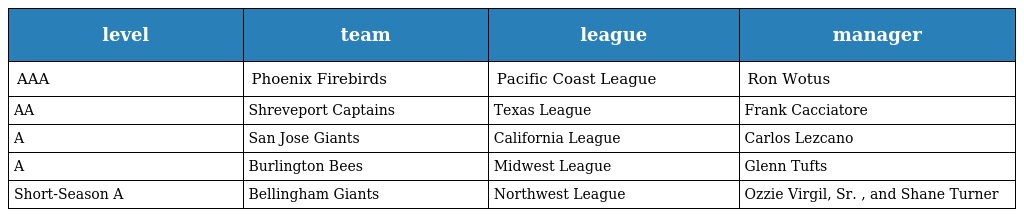
| level | team | league | manager |
 | --- | --- | --- | --- |
 | AAA | Phoenix Firebirds | Pacific Coast League | Ron Wotus |
 | AA | Shreveport Captains | Texas League | Frank Cacciatore |
 | A | San Jose Giants | California League | Carlos Lezcano |
 | A | Burlington Bees | Midwest League | Glenn Tufts |
 | Short-Season A | Bellingham Giants | Northwest League | Ozzie Virgil, Sr. , and Shane Turner |